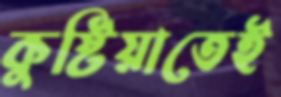
কুষ্টিয়াতেই